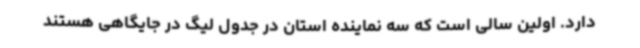
دارد. اولین سالی است که سه نماینده استان در جدول لیگ در جایگاهی هستند